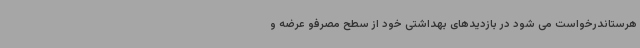
هرستاندرخواست می شود در بازدیدهای بهداشتی خود از سطح مصرفو عرضه و